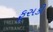
ફૂસકી